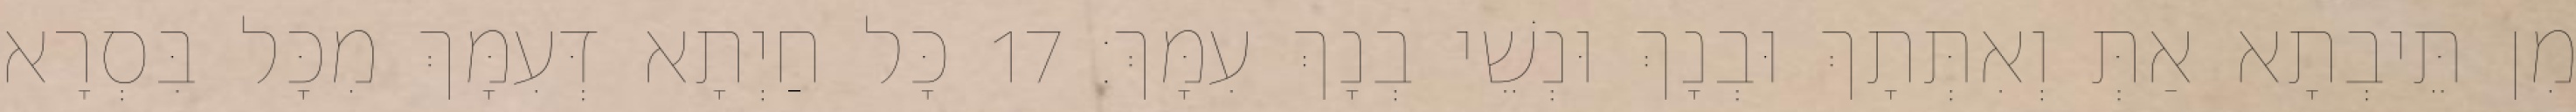
מִן תֵּיבְתָא אַתְּ וְאִתְּתָךְ וּבְנָךְ וּנְשֵׁי בְנָךְ עִמָּךְ׃ 17 כָּל חַיְתָא דְּעִמָּךְ מִכָּל בִּסְרָא